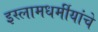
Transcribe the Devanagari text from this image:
इस्लामधर्मीयांचे